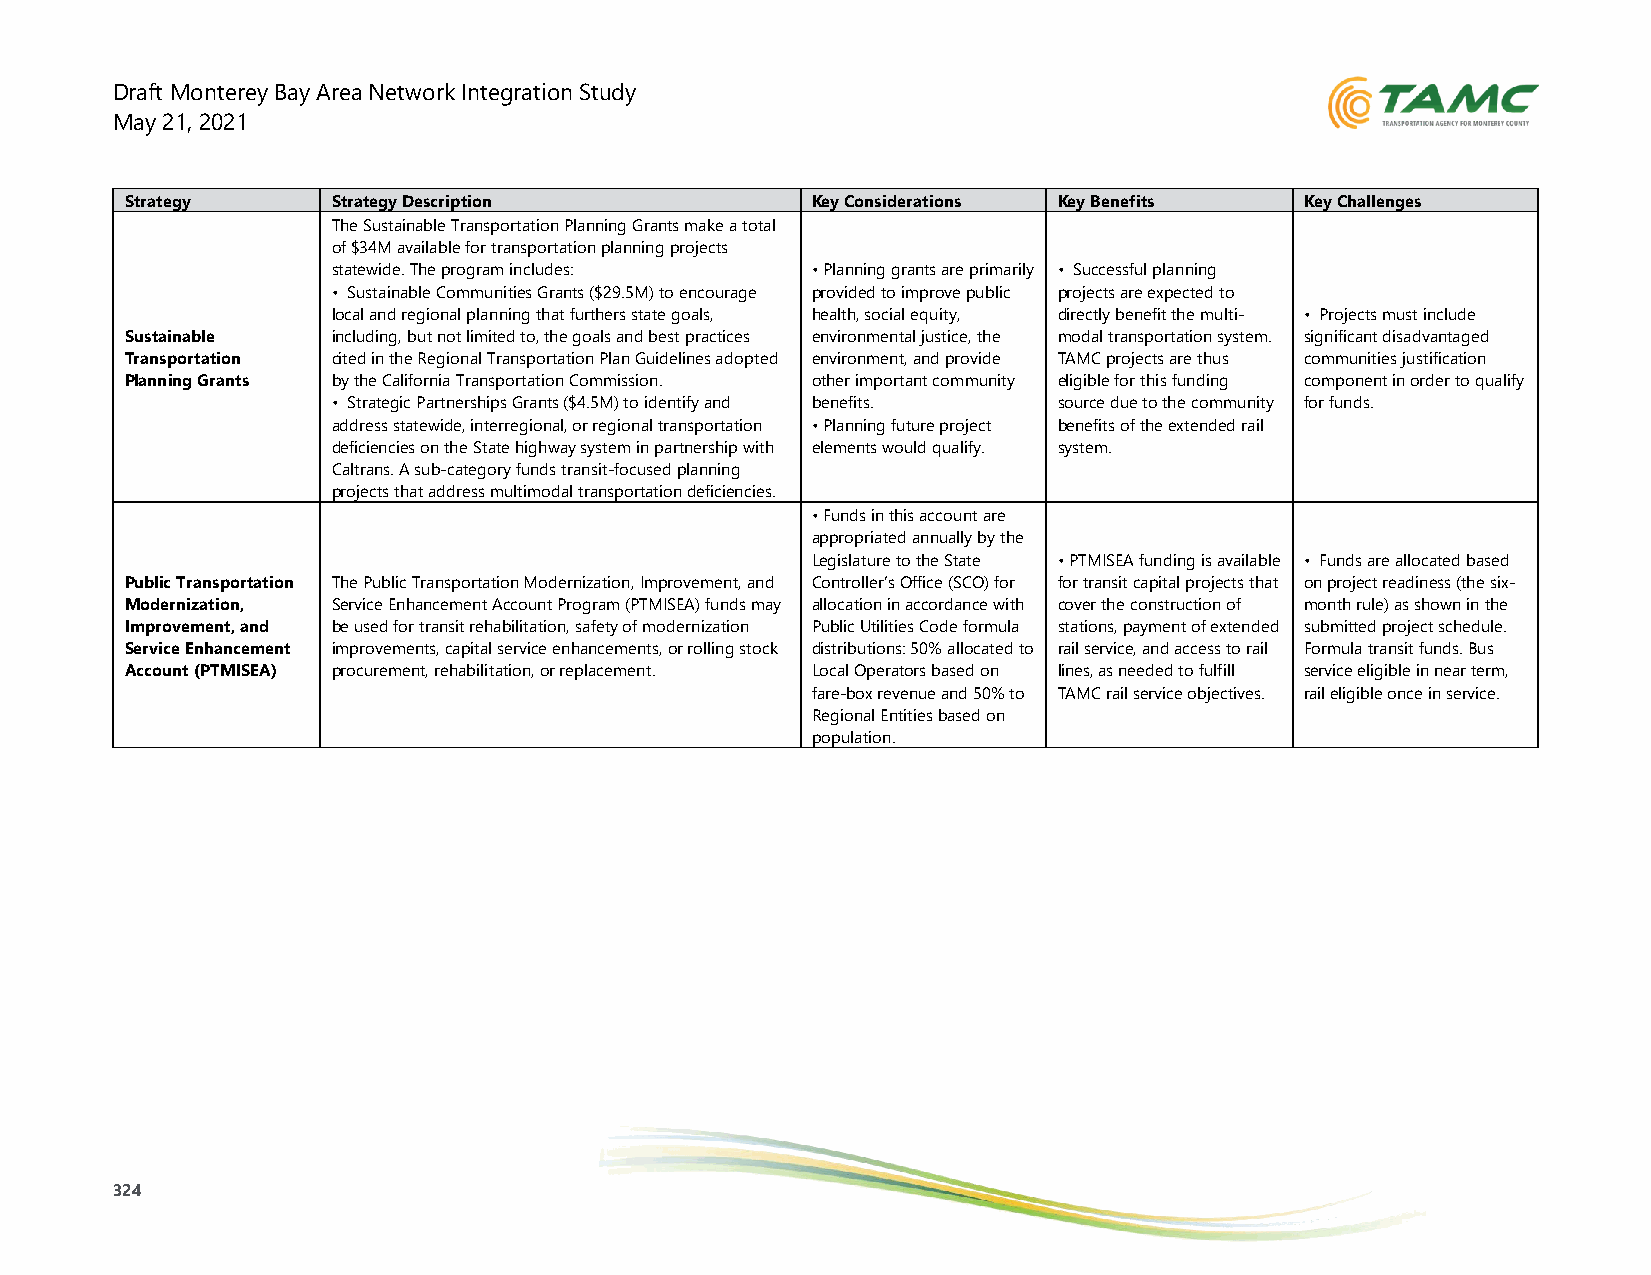
Draft Monterey Bay Area Network Integration Study
 May 21, 2021
 Strategy      Strategy Description            Key Considerations Key Benefits Key Challenges
 The Sustainable Transportation Planning Grants make a total
 of $34M available for transportation planning projects
 statewide. The program includes: • Planning grants are primarily • Successful planning
 • Sustainable Communities Grants ($29.5M) to encourage provided to improve public projects are expected to
 local and regional planning that furthers state goals, health, social equity, directly benefit the multi- • Projects must include
 Sustainable   including, but not limited to, the goals and best practices environmental justice, the modal transportation system. significant disadvantaged
 Transportation cited in the Regional Transportation Plan Guidelines adopted environment, and provide TAMC projects are thus communities justification
 Planning Grants by the California Transportation Commission. other important community eligible for this funding component in order to qualify
 • Strategic Partnerships Grants ($4.5M) to identify and benefits. source due to the community for funds.
 address statewide, interregional, or regional transportation • Planning future project benefits of the extended rail
 deficiencies on the State highway system in partnership with elements would qualify. system.
 Caltrans. A sub-category funds transit-focused planning
 projects that address multimodal transportation deficiencies.
 • Funds in this account are
 appropriated annually by the
 Legislature to the State • PTMISEA funding is available • Funds are allocated based
 Public Transportation The Public Transportation Modernization, Improvement, and Controller’s Office (SCO) for for transit capital projects that on project readiness (the six-
 Modernization, Service Enhancement Account Program (PTMISEA) funds may allocation in accordance with cover the construction of month rule) as shown in the
 Improvement, and be used for transit rehabilitation, safety of modernization Public Utilities Code formula stations, payment of extended submitted project schedule.
 Service Enhancement improvements, capital service enhancements, or rolling stock distributions: 50% allocated to rail service, and access to rail Formula transit funds. Bus
 Account (PTMISEA) procurement, rehabilitation, or replacement. Local Operators based on lines, as needed to fulfill service eligible in near term,
 fare-box revenue and 50% to TAMC rail service objectives. rail eligible once in service.
 Regional Entities based on
 population.
 324